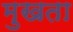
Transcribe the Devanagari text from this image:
मुखता